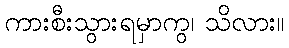
ကားစီးသွားရမှာကွ၊ သိလား။